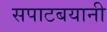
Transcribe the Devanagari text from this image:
सपाटबयानी